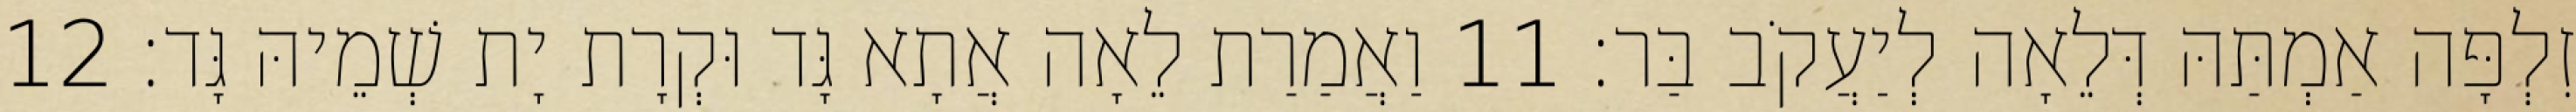
זִלְפָּה אַמְתַּהּ דְּלֵאָה לְיַעֲקֹב בַּר׃ 11 וַאֲמַרַת לֵאָה אֲתָא גָּד וּקְרָת יָת שְׁמֵיהּ גָּד׃ 12